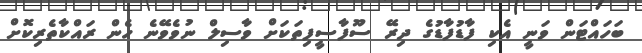
ބަހައްޓަން ވަނީ އެކި ފާޑުފާޑުގެ ދިރޭ ސޫފާސީފިތަކަށް ވާސިލް ނުވެވޭނެ ހެން ރައްކާތެރިކޮށް